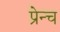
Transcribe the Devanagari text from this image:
प्रेन्च